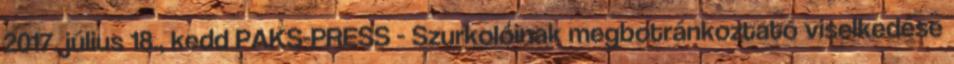
2017. július 18., kedd PAKS-PRESS - Szurkolóinak megbotránkoztató viselkedése